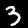
Digit: 3